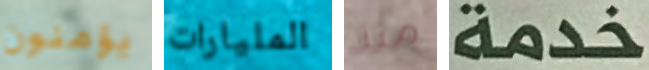
يؤمنون المليارات منذ خدمة